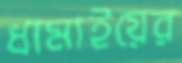
ধামাইয়ের